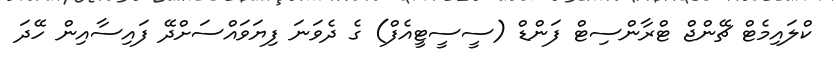
ކްލައިމެޓް ޗޭންޖް ޓްރާންސިޓް ފަންޑް (ސީސީޓީއެފް) ގެ ދެވަނަ ފިޔަވައްސަށްދޭ ފައިސާއިން ހޭދަ